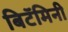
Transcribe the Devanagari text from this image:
बिटॅमिनी